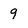
Character: 9